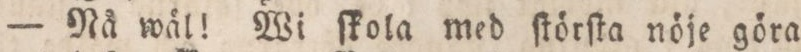
— Nå wäl! Wi ſkola med ſtörſta nöje göra